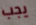
يجب